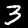
Label: 3